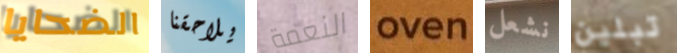
الضحايا يلاحقنا النعمة oven نشعل تبلين